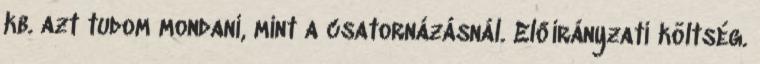
kb. azt tudom mondani, mint a csatornázásnál. Előirányzati költség.